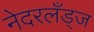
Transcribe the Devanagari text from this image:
नेदरलँड्ज